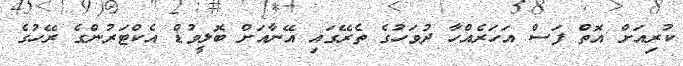
ކުރިއަށް އޮތް ފަސް އަހަރެއްހާ ދުވަހުގެ ތެރޭގައި އޭނާއަށް ބޮލީވުޑް އެކްޓަރުންގެ ރޭހުގެ